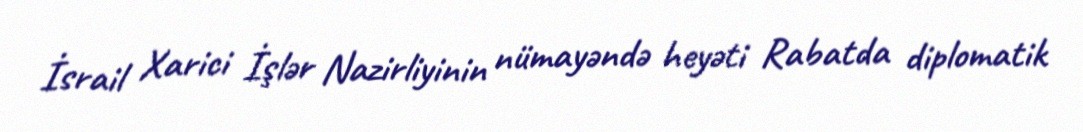
İsrail Xarici İşlər Nazirliyinin nümayəndə heyəti Rabatda diplomatik